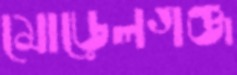
মোড়েলগঞ্জ